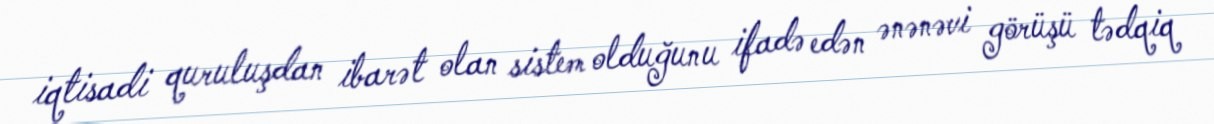
iqtisadi quruluşdan ibarət olan sistem olduğunu ifadə edən ənənəvi görüşü tədqiq